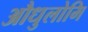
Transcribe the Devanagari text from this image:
औधुलोमि